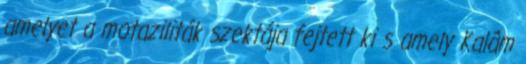
amelyet a motaziliták szektája fejtett ki s amely Kalâm